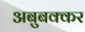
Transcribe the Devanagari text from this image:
अबुबक्कर